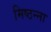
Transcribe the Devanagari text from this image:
मिष्ठन्ना